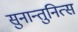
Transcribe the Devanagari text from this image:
सुनान्तुनित्स